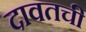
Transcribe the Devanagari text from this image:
दावतची